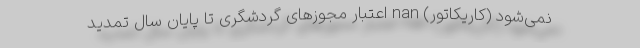
نمی‌شود (کاریکاتور) nan اعتبار مجوزهای گردشگری تا پایان سال تمدید